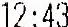
12:43